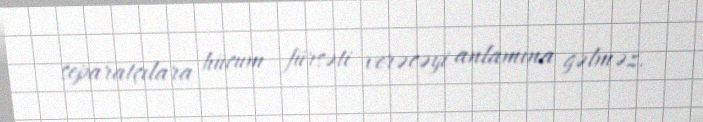
separatçılara hücum fürsəti verəcəyi anlamına gəlməz.